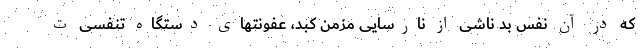
که در آن نفس بد ناشی از نارسایی مزمن کبد، عفونتهای دستگاه تنفسی ت